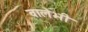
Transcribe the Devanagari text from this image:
वालेभी